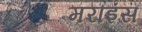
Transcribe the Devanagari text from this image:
मराइंस